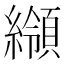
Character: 𦆺